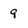
Character: 9